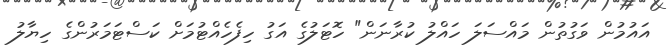
އައުމުން ވަގުތުން މައްސަލަ ހައްލު ކުރާނަން" ހޮޓަލުގެ އަގު ހިފެހެއްޓުމަށް ކަސްޓަމަރުންގެ ހިޔާލު